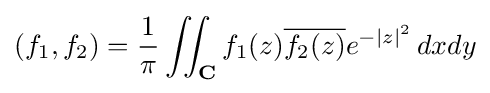
(f_{1},f_{2})={1 \over \pi }\iint _{\mathbf {C} }f_{1}(z){\overline {f_{2}(z)}}e^{-|z|^{2}}\,dxdy